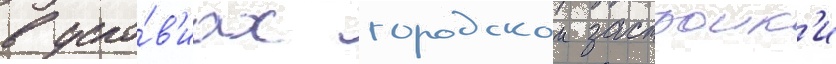
в усло́в'иах городскои застроик'и